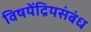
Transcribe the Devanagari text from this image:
विषयेंद्रियसंबंध